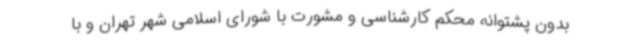
بدون پشتوانه محکم کارشناسی و مشورت با شورای اسلامی شهر تهران و با